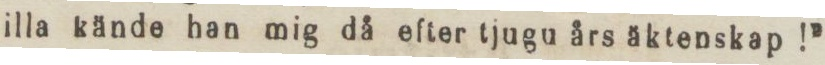
illa kände han mig då efter tjugu års äktenskap!”